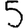
Digit: 5